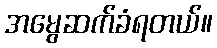
အမွေဆက်ခံရတယ်။